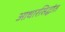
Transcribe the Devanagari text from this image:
आधारसिद्धांत